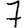
Digit: 7